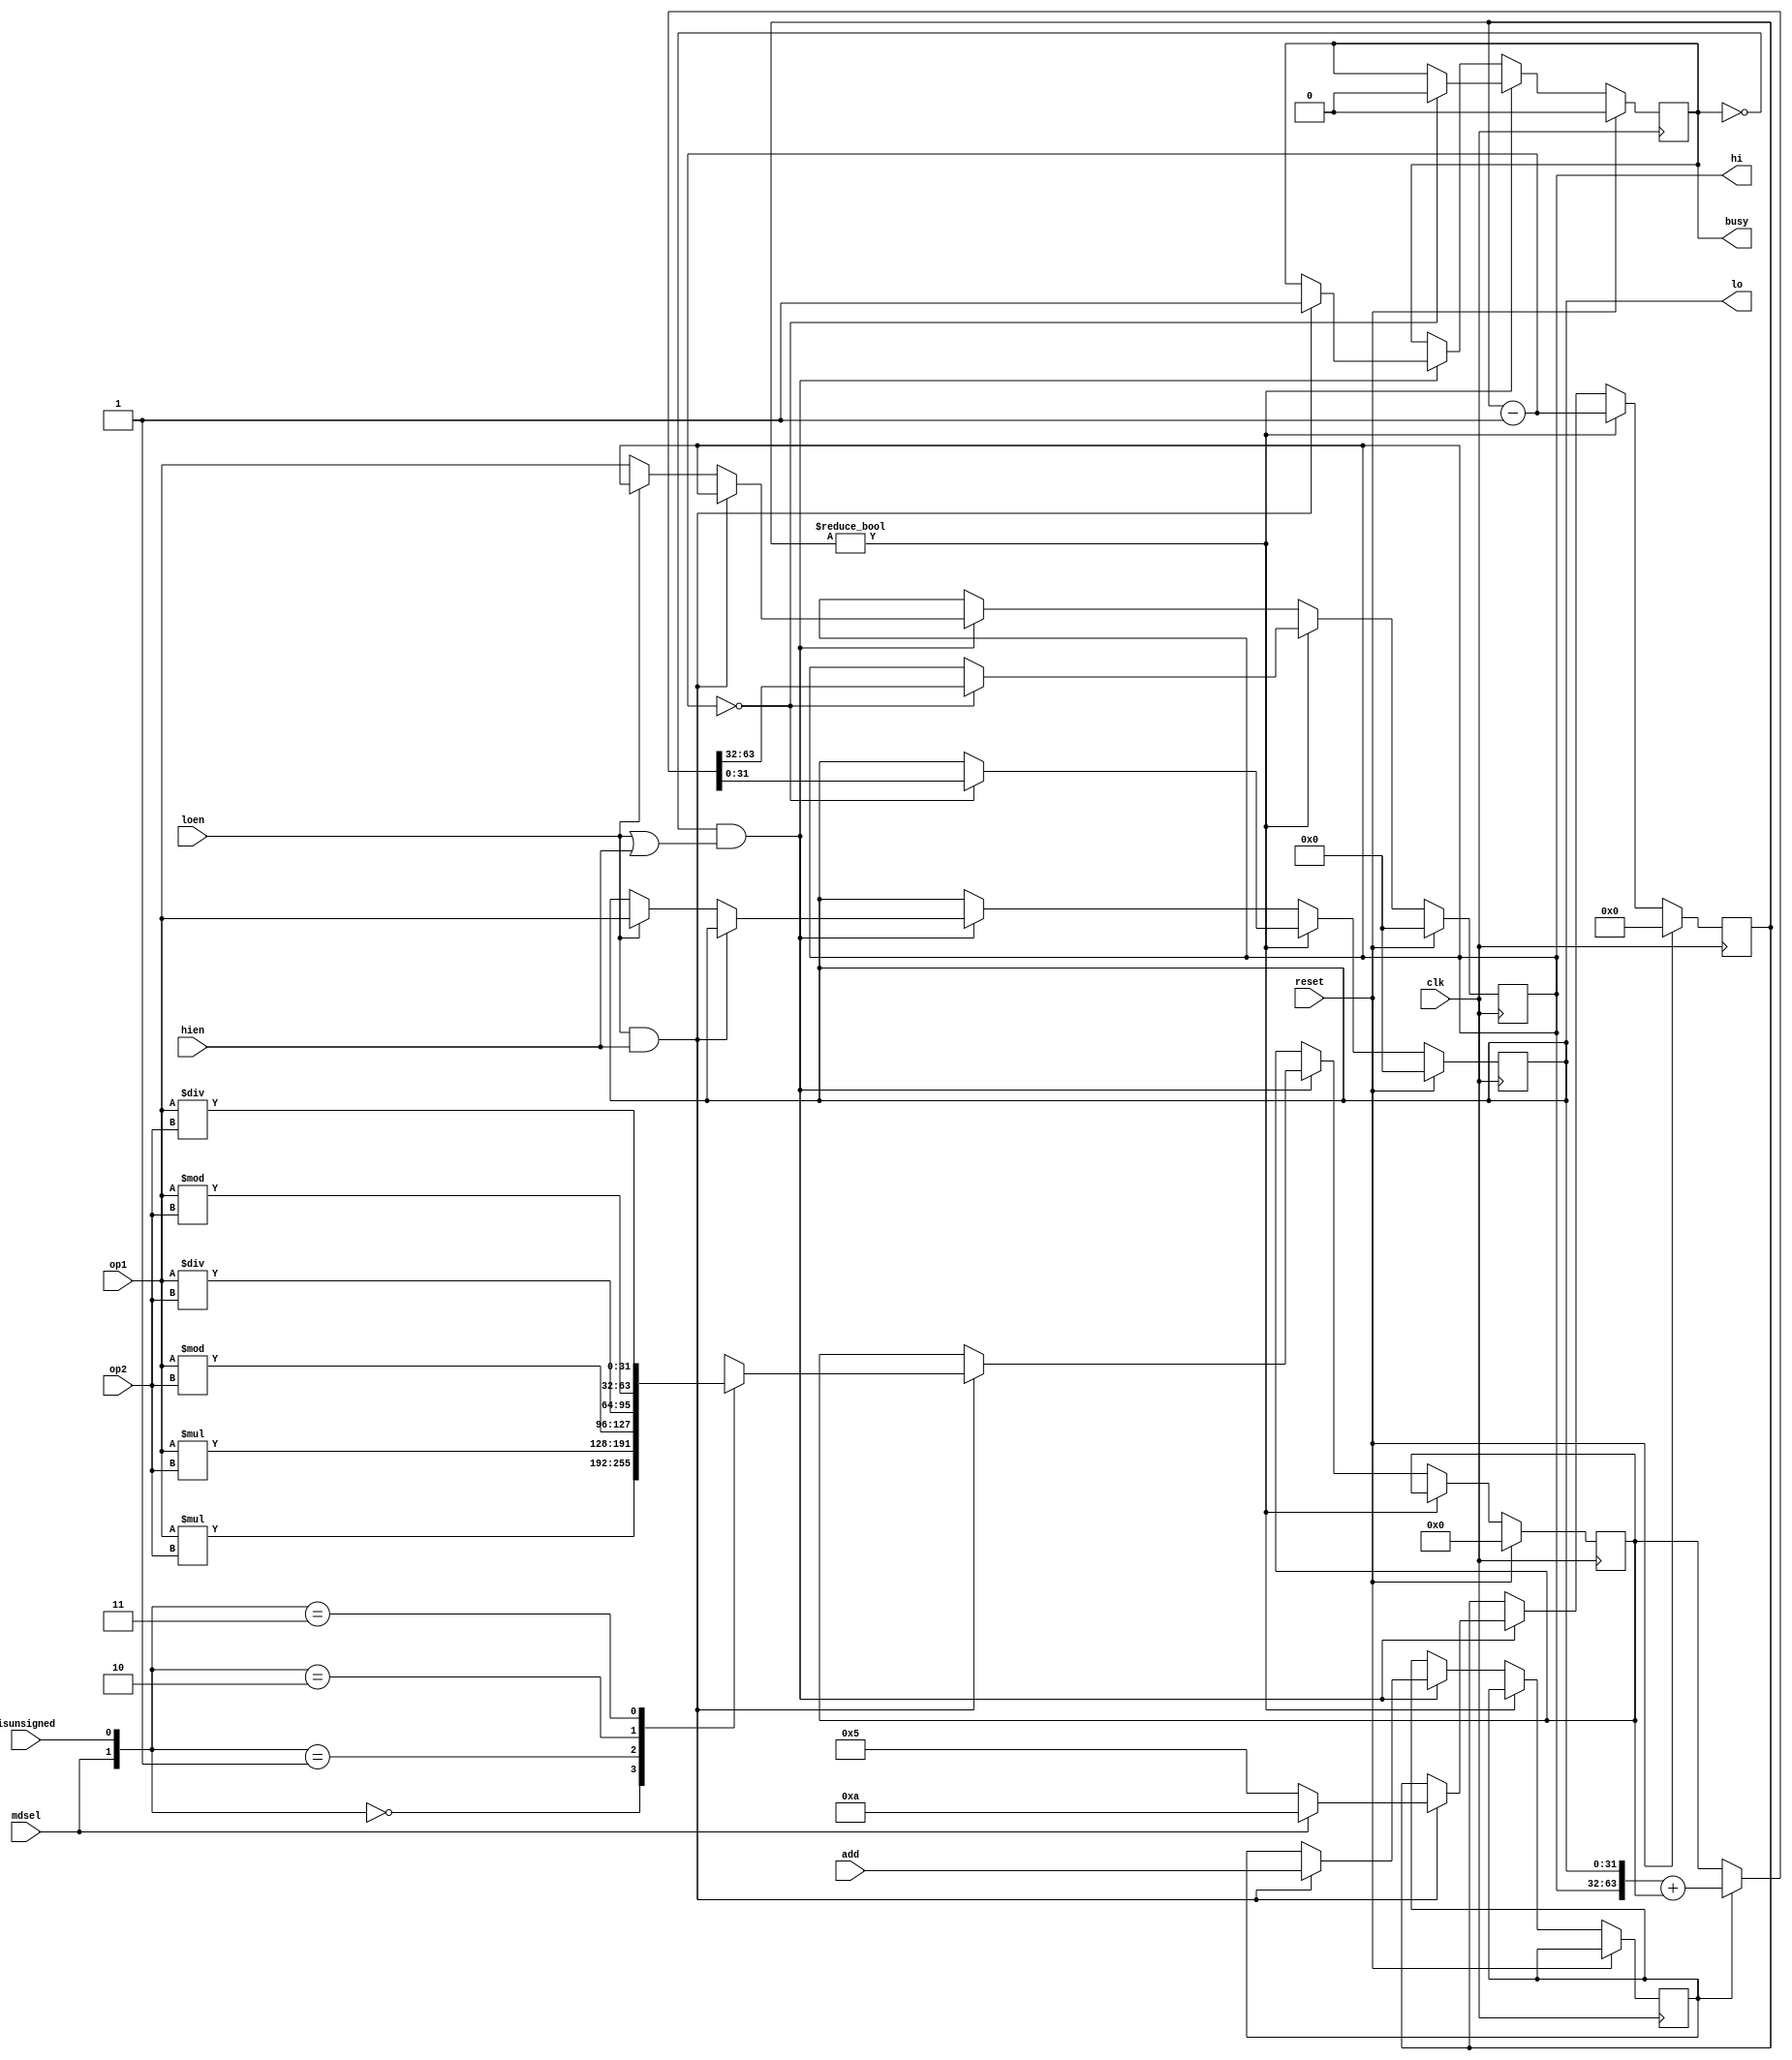
`timescale 1ns / 1ns
module muldiv(
input clk,
input loen,
input hien,
input reset,
input mdsel,
input isunsigned,
input add,
input [31:0]op1,
input [31:0]op2,
output reg busy,
output reg [31:0]lo=0,
output reg [31:0]hi=0
);
	 reg [3:0]count;
	 reg [63:0]temp;
	 reg a;
	 initial begin
	     temp=0;count=0;busy=0;
	 end
	 always @(posedge clk) begin
	     if(reset) begin
		      temp=0;hi=0;lo=0;busy=0;count=0;
		  end
		  else if(count!=0) begin
		      count=count-1;
				if(count==0) begin
				    busy=0;
					 if(a) {hi,lo}={hi,lo}+temp;
					 else {hi,lo}=temp;
				end
		  end
		  else if(~busy&&(loen||hien)) begin
				if(loen&&hien) begin
					 busy=1;a=add;
					 if(mdsel) count=10;
					 else count=5;
				    case({mdsel,isunsigned})
				    0:temp=$signed(op1)*$signed(op2);
					 1:temp=op1*op2;
					 2:temp={$signed(op1)%$signed(op2),$signed(op1)/$signed(op2)};
					 3:temp={op1%op2,op1/op2};
					 endcase
				end
				else if(loen) lo=op1;
				else hi=op1;
		  end
	 end
endmodule